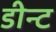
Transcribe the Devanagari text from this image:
डीन्ट